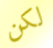
لكن